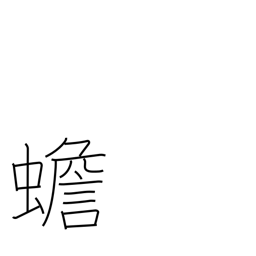
Meaning: toad